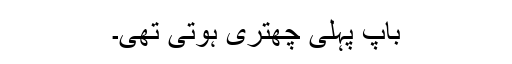
باپ پہلی چھتری ہوتی تھی۔